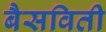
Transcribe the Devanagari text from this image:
बैसविती